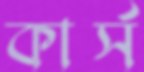
কার্স